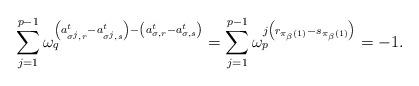
LaTeX: \begin{align*}\sum_{j=1}^{p-1} \omega_q^{\left(a^t_{\sigma^j, r}-a^t_{\sigma^j, s}\right)-\left(a^t_{\sigma, r}-a^t_{\sigma, s} \right)} =\sum_{j=1}^{p-1}\omega_p^{j\left({r}_{\pi_\beta(1)}-{s}_{\pi_\beta(1)} \right)}=-1.\end{align*}